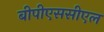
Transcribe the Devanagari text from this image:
बीपीएससीएल